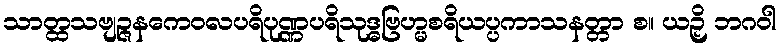
သာတ္ထသဗျဉ္ဇနကေဝလပရိပုဏ္ဏပရိသုဒ္ဓဗြဟ္မစရိယပ္ပကာသနတ္တာ စ။ ယဉှိ ဘဂဝါ